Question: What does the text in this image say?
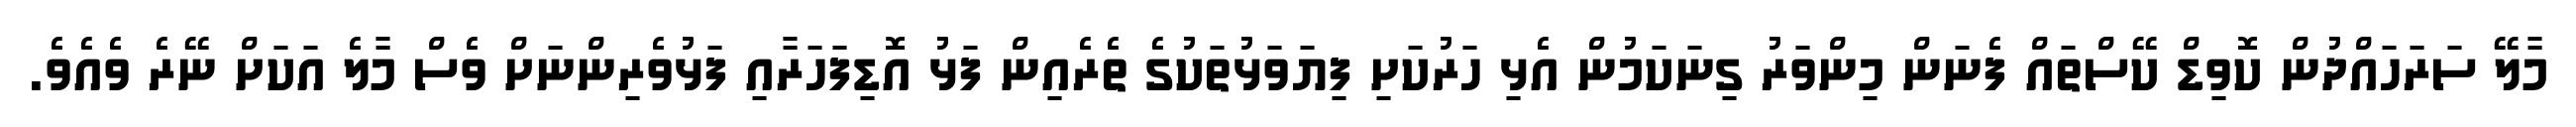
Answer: މާލޭ ސަރަހައްދުން ކޮވިޑް ކޭސްތައް ފެނަން މިންވަރު ގިނަކަމުން އެޅި ހަރުކަށި ފިޔަވަޅުތަކުގެ ތެރެއިން ފަޅު އޮޑިފަހަރާއި ފަޅުވެރިންނަށް ވެސް މާލެ އަކަށް ނޭރެ ވެއެވެ.